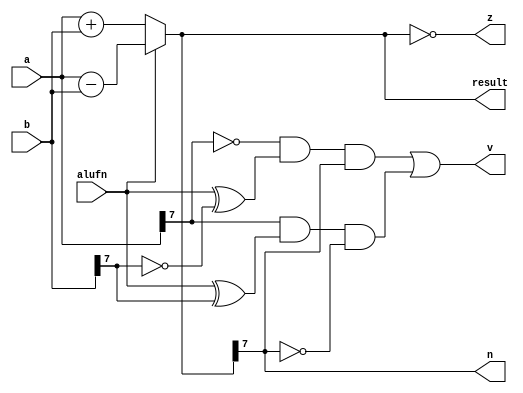
/*
   This file was generated automatically by the Mojo IDE version B1.3.3.
   Do not edit this file directly. Instead edit the original Lucid source.
   This is a temporary file and any changes made to it will be destroyed.
*/

module adder_15 (
    input [7:0] a,
    input [7:0] b,
    input alufn,
    output reg [7:0] result,
    output reg z,
    output reg v,
    output reg n
  );
  
  
  
  reg [8:0] operand;
  
  always @* begin
    if (alufn == 1'h0) begin
      operand = a + b;
    end else begin
      operand = a - b;
    end
    z = (operand[0+7-:8] == 1'h0);
    v = ((a[7+0-:1] == 1'h0) & (alufn ^ b[7+0-:1] == 1'h0) & (operand[7+0-:1] == 1'h1)) | ((a[7+0-:1] == 1'h1) & (alufn ^ b[7+0-:1] == 1'h1) & (operand[7+0-:1] == 1'h0));
    n = operand[7+0-:1];
    result = operand[0+7-:8];
  end
endmodule